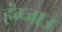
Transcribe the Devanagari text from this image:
हंग्जाउ